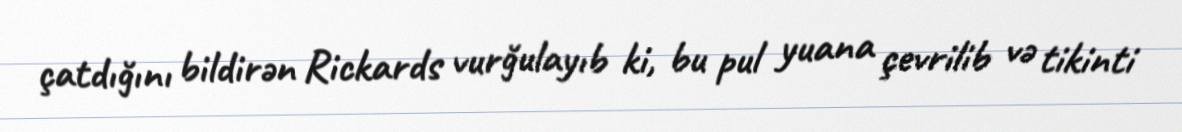
çatdığını bildirən Rickards vurğulayıb ki, bu pul yuana çevrilib və tikinti